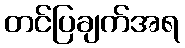
တင်ပြချက်အရ